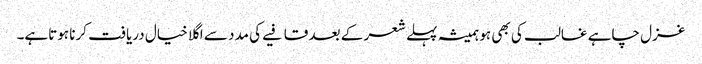
غزل چاہے غالب کی بھی ہو ہمیشہ پہلے شعر کے بعد قافیے کی مدد سے اگلا خیال دریافت کرنا ہوتاہے۔